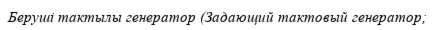
Беруші тактылы генератор (Задающий тактовый генератор;